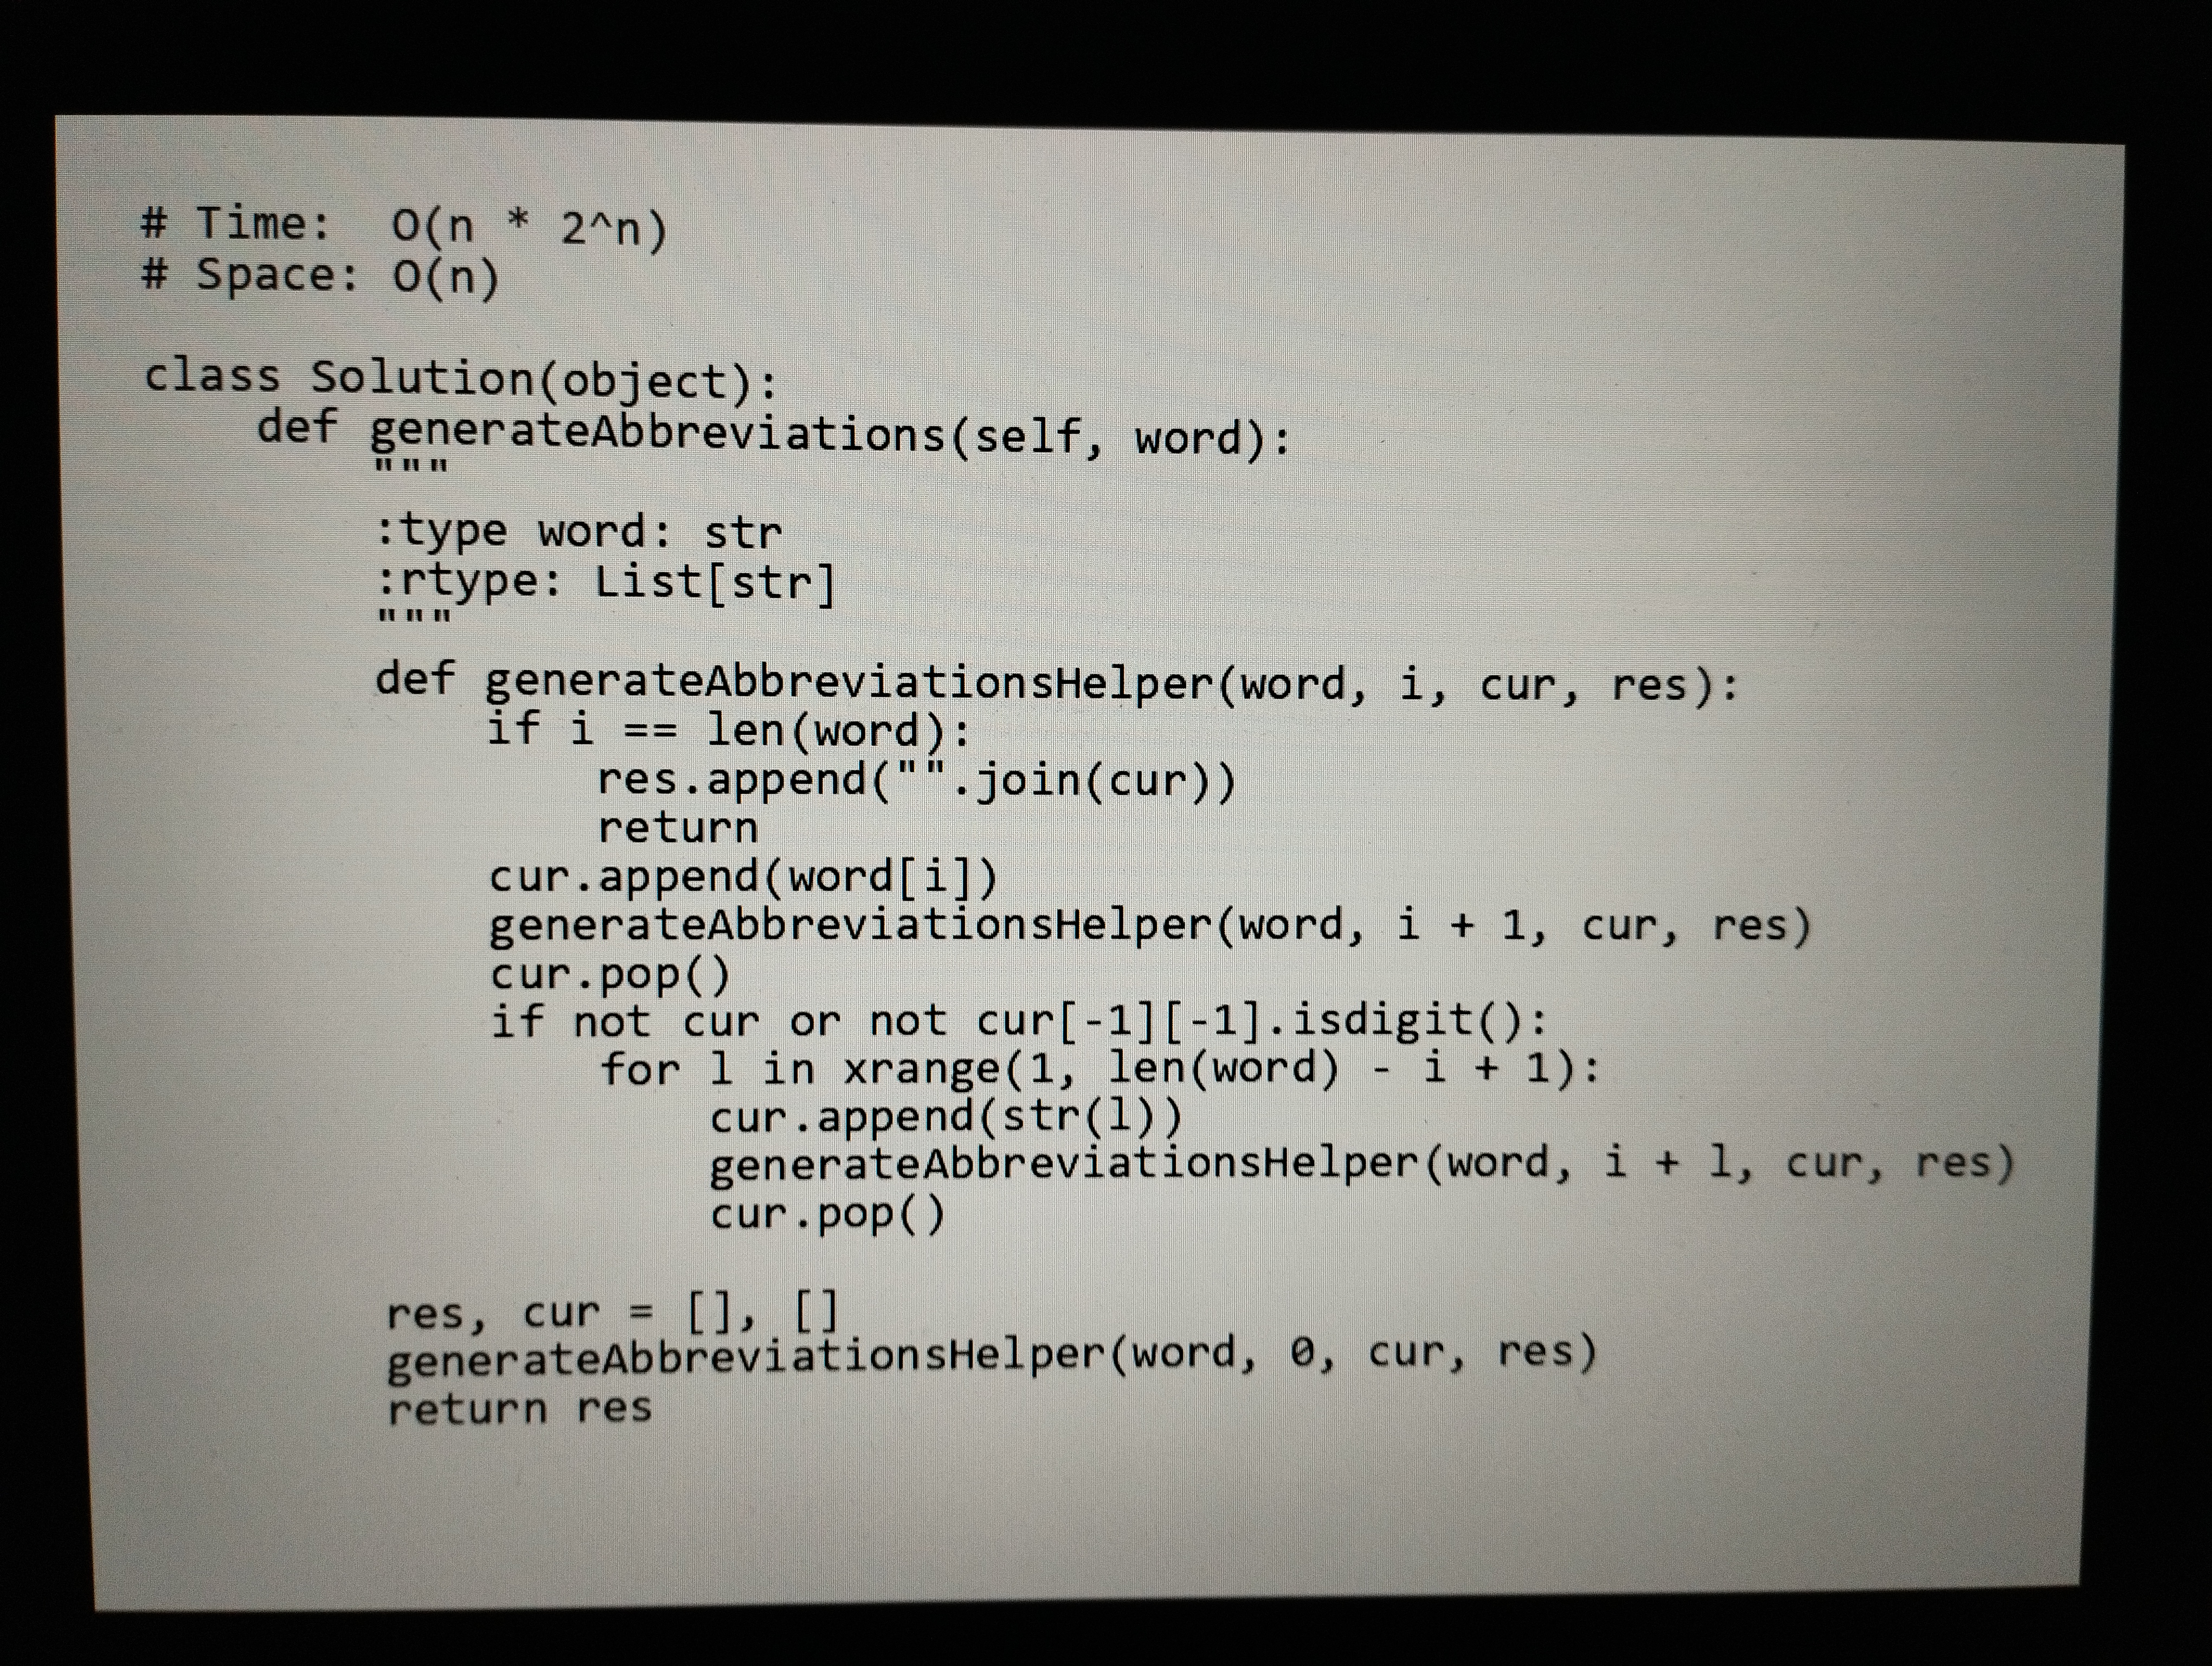
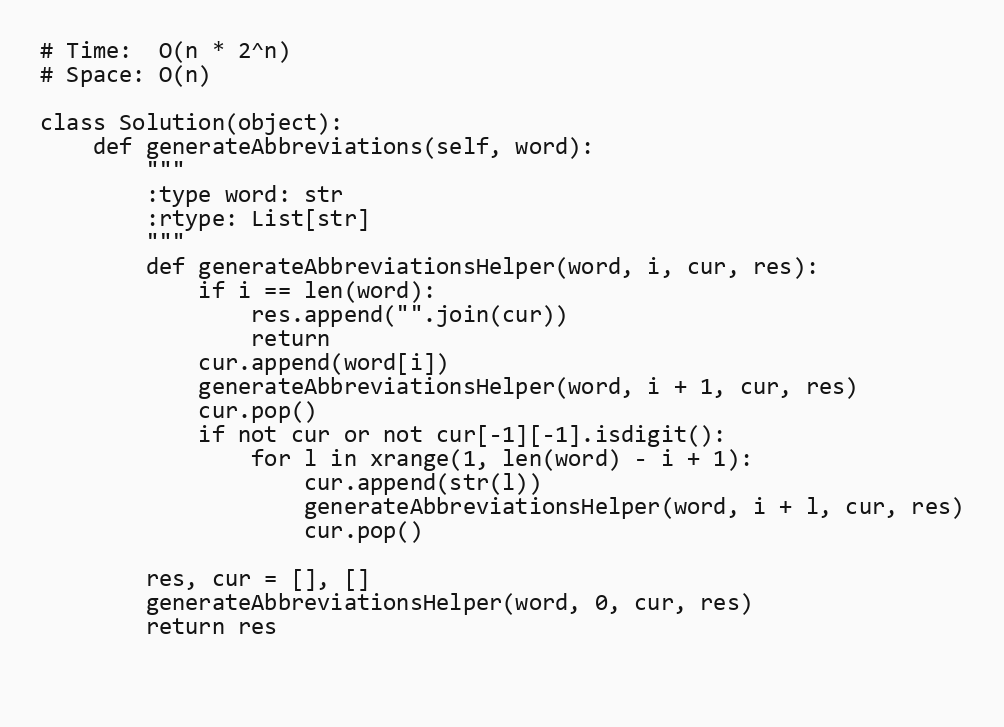
# Time:  O(n * 2^n)
# Space: O(n)

class Solution(object):
    def generateAbbreviations(self, word):
        """
        :type word: str
        :rtype: List[str]
        """
        def generateAbbreviationsHelper(word, i, cur, res):
            if i == len(word):
                res.append("".join(cur))
                return
            cur.append(word[i])
            generateAbbreviationsHelper(word, i + 1, cur, res)
            cur.pop()
            if not cur or not cur[-1][-1].isdigit():
                for l in xrange(1, len(word) - i + 1):
                    cur.append(str(l))
                    generateAbbreviationsHelper(word, i + l, cur, res)
                    cur.pop()

        res, cur = [], []
        generateAbbreviationsHelper(word, 0, cur, res)
        return res